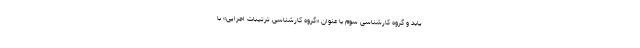
یابد و گروه کارشناسی سوم با عنوان «گروه کارشناسی ترتیبات اجرایی» با